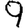
Digit: 9